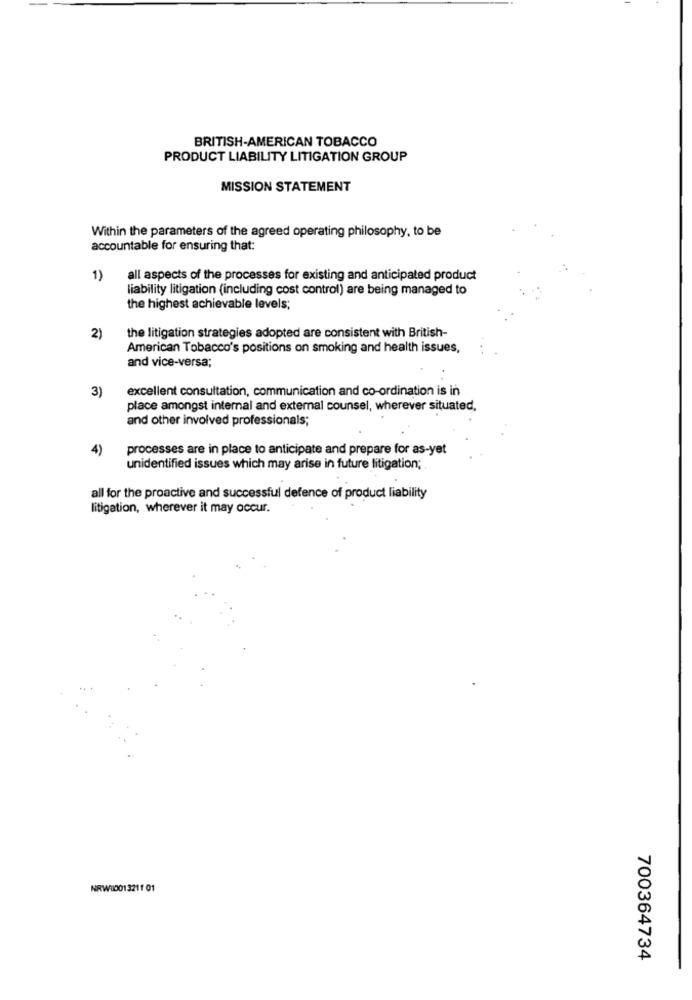
BRITISH-AMERICAN TOBACCO
PRODUCT LIABILITY LITIGATION GROUP
MISSION STATEMENT
Within the parameters of the agreed operating philosophy, to be
accountable for ensuring that:
1)
all aspects of the processes for existing and anticipated product
liability litigation (including cost control) are being managed to
the highest achievable levels;
the litigation strategies adopted are consistent with British-
2)
American Tobacco's positions on smoking and health issues,
and vice-versa;
3)
excellent consultation, communication and co-ordination is in
place amongst internal and external counsel, wherever situated,
and other involved professionals;
4)
processes are in place to anticipate and prepare for as-yet
unidentified issues which may arise in future litigation;
all for the proactive and successful defence of product liability
litigation, wherever it may occur.
NRW00013211 01
700364734